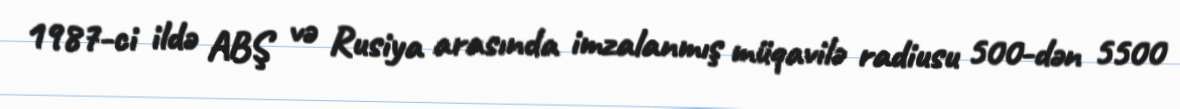
1987-ci ildə ABŞ və Rusiya arasında imzalanmış müqavilə radiusu 500-dən 5500